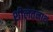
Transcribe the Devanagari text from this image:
शीलतनाथ